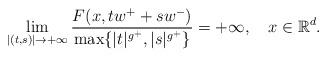
LaTeX: \begin{align*}\lim\limits_{\vert (t,s)\vert\rightarrow +\infty}\frac{F(x,tw^++sw^-)}{\max\lbrace\vert t \vert^{g^+},\vert s \vert^{g^+}\rbrace}=+\infty,\ \ \ x\in\mathbb{R}^d.\end{align*}